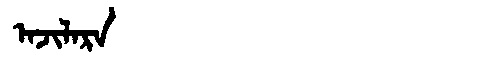
Manchu: ᠠᠵᡳᠯᠠᡵᠠ
Romanization: AJILARA